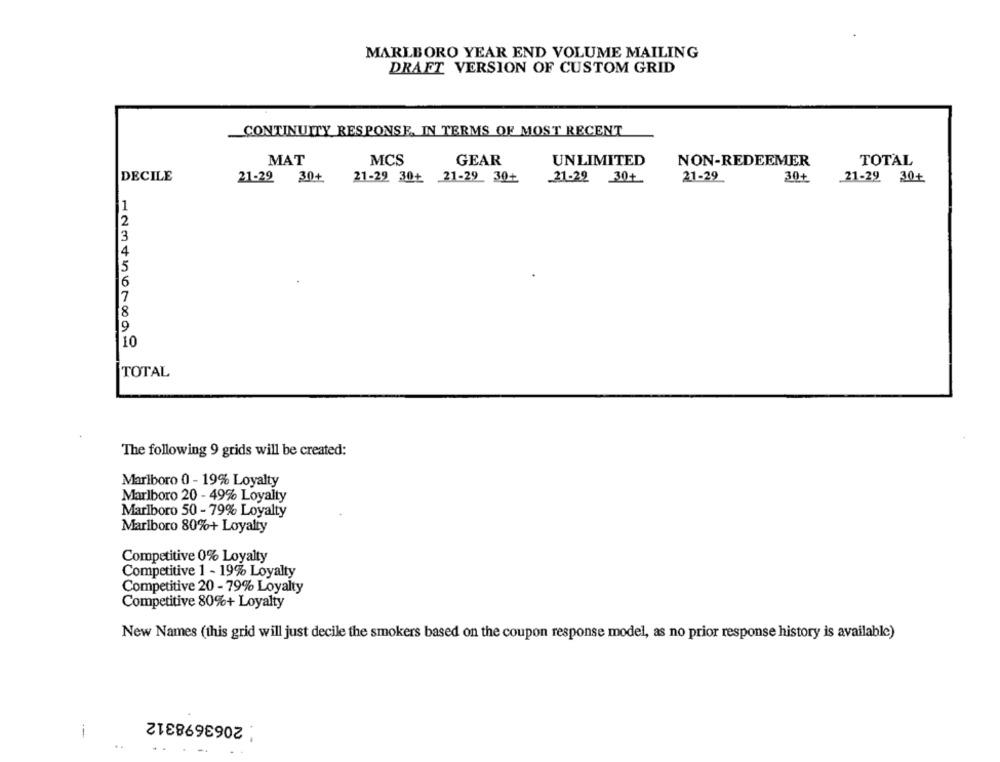
MARLBORO YEAR END VOLUME MAILING
DRAFT VERSION OF CUSTOM GRID
CONTINUITY RESPONSE, IN TERMS OF MOST RECENT
MCS
GEAR
MAT
UNLIMITED
NON-REDEEMER
TOTAL
DECILE
21-29 30+ 21-29 30+ 21-29 30+
21-22 30+
21-29
30+
21-29 30+
1
2
13
4
15
16
7
8
9
10
TOTAL
The following 9 grids will be created:
Marlboro 0 - 19% Loyalty
Marlboro 20 - 49% Loyalty
Marlboro 50 - 79% Loyalty
Marlboro 80%+ Loyalty
Competitive 0% Loyalty
Competitive 1 - 19% Loyalty
Competitive 20 - 79% Loyalty
Competitive 80%+ Loyalty
New Names (this grid will just decile the smokers based on the coupon response model, as no prior response history is available)
: 2063698312